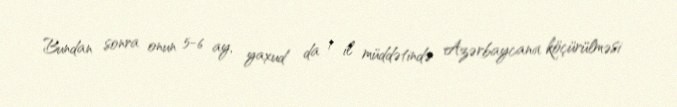
Bundan sonra onun 5-6 ay, yaxud da 1 il müddətində Azərbaycana köçürülməsi